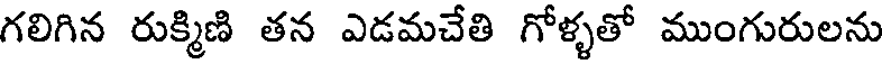
గలిగిన రుక్మిణి తన ఎడమచేతి గోళ్ళతో ముంగురులను